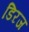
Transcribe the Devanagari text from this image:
डिऱज